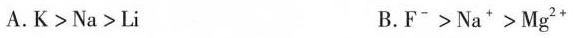
A.$$\mathrm { K } > \mathrm { N a } > \mathr m { L i }$$ B.$$\mathrm { F } ^ { - } > \mathrm { N a } ^ { + } > \mathrm { M g } ^ { 2 + }$$